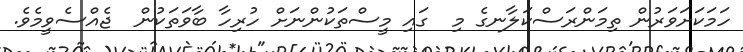
ހަމަކަށަވަރުން ތިމަންރަސްކަލާނގެ މި  ގައި މީސްތަކުންނަށް ހުރިހާ ބާވަތަކުން  ޖެއްސެވީމެވެ.